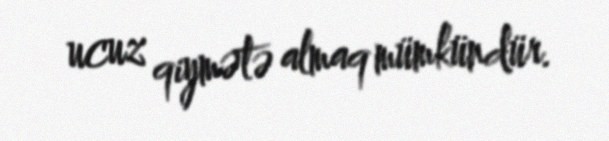
ucuz qiymətə almaq mümkündür.